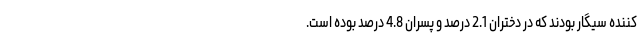
کننده سیگار بودند که در دختران 2.1 درصد و پسران 4.8 درصد بوده است.